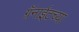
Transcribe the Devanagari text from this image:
ग्रॅनाईटच्या